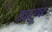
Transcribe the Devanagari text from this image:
कारुष